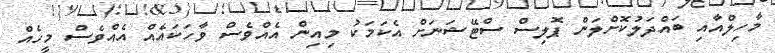
މާހިލްއާއި ބައްދަލުކޮށްލަން ޕޮލިސް ސްޓޭޝަނަށް އެކަމަކު މިއިން އެއްވެސް ވާހަކައެއް އެއްވެސް މީހެއް